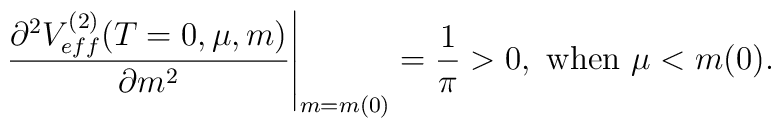
\left.\frac{\partial^2V_{eff}^{(2)}(T=0,\mu,m)}{\partial m^2}\right|_{m=m(0)}=\frac{1}{\pi}>0, \ {\rm when} \ \mu<m(0).